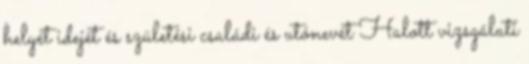
helyét idejét és születési családi és utónevét Halott vizsgálati